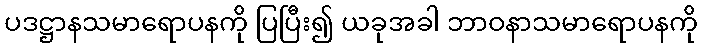
ပဒဋ္ဌာနသမာရောပနကို ပြပြီး၍ ယခုအခါ ဘာဝနာသမာရောပနကို